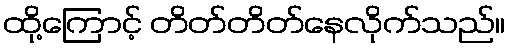
ထို့ကြောင့် တိတ်တိတ်နေလိုက်သည်။